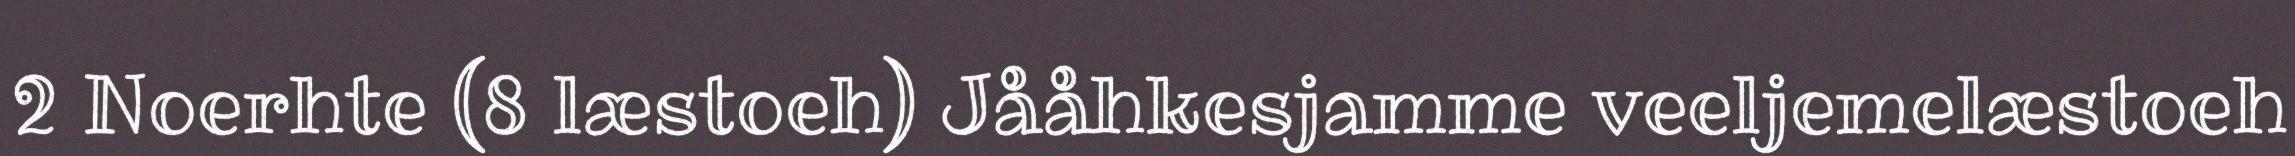
2 Noerhte (8 læstoeh) Jååhkesjamme veeljemelæstoeh